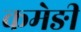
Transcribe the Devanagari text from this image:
कमेङी